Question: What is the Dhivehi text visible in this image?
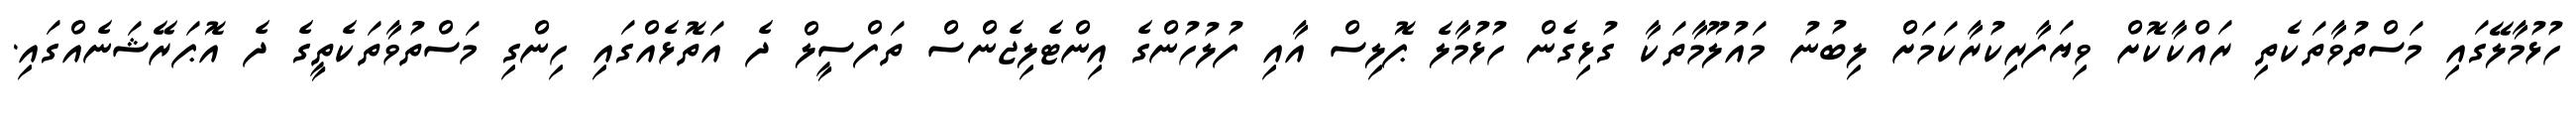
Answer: ހުޅުމާލޭގައި މަސްތުވާތަކެތި ރައްކާކޮށް ވިޔަފާރިކުރާކަމަށް ލިބުނު މައުލޫމާތަކާ ގުޅިގެން ހުޅުމާލެ ޕޮލިސް އާއި ފުލުހުންގެ އިންޓެލިޖެންސް ތަފްސީލް ދެ އަތޮޅެއްގައި ހިންގި މަސްތުވާތަކެތީގެ ދެ އޮޕަރޭޝަނެއްގައި.